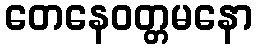
တေနေဝတ္တမနော